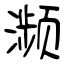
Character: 濒